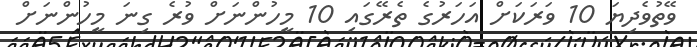
ވޭތުވެދިޔަ 10 ވަރަކަށް އަހަރުގެ ތެރޭގައި 10 މީހުންނަށް ވުރެ ގިނަ މީހުންނަށް